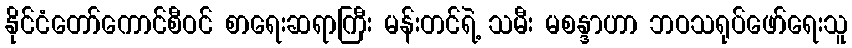
နိုင်ငံတော်ကောင်စီဝင် စာရေးဆရာကြီး မန်းတင်ရဲ့ သမီး မစန္ဒာဟာ ဘဝသရုပ်ဖော်ရေးသူ